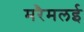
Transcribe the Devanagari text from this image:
मरैमलई